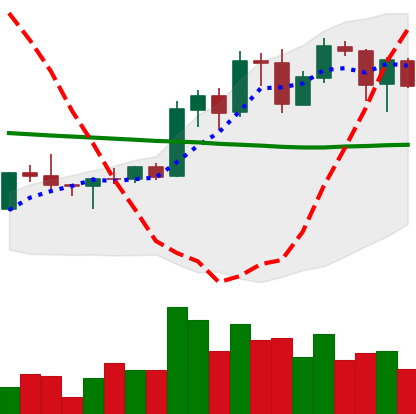
Ticker: ADA-USD
Chart end date: 2020-01-25
Forward return: 29.648%
Label: up_7plus